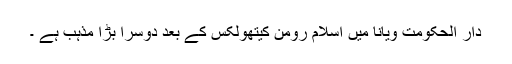
دار الحکومت ویانا میں اسلام رومن کیتھولکس کے بعد دوسرا بڑا مذہب ہے ۔